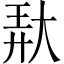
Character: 𱘱